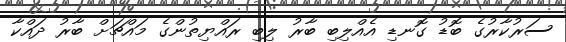
ސަރުކާރުގެ ބޮޑު ގޮނޑި އެއްލިބި ބާރު ލިބި ރައްޔިތުންގެ މައްޗަށް ބާރު ދައްކާ